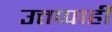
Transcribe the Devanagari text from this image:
उत्तप्पाही